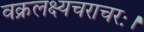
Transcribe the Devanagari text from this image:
वक्रलक्ष्यचराचरः।